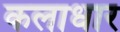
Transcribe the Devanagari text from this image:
कलाधार